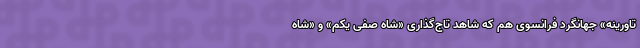
تاورینه» جهانگرد فرانسوی هم که شاهد تاج‌گذاری «شاه صفی یکم» و «شاه